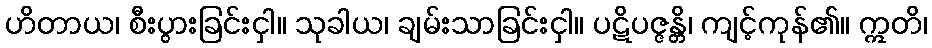
ဟိတာယ၊ စီးပွားခြင်းငှါ။ သုခါယ၊ ချမ်းသာခြင်းငှါ။ ပဋိပဇ္ဇန္တိ၊ ကျင့်ကုန်၏။ ဣတိ၊